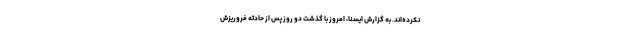
نکرده‌اند. به گزارش ایسنا، امروز با گذشت دو روز پس از حادثه فروریزش